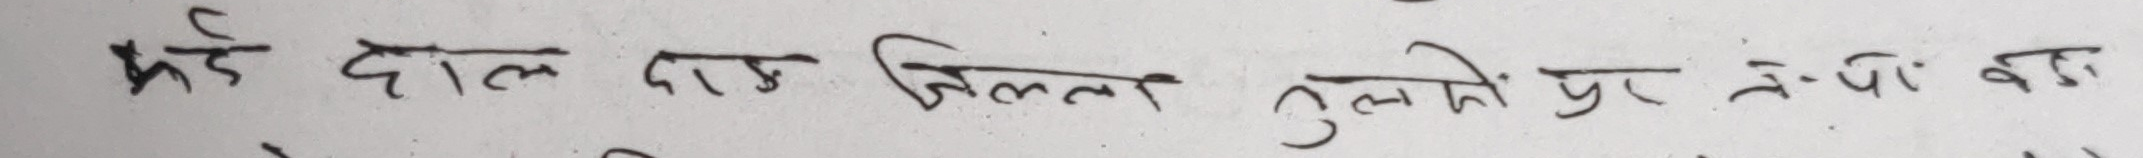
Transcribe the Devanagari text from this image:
झडे दाल दाल मिलने तुलसीको पर टेपो का